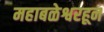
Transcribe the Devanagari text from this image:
महाबळेश्वरहून